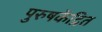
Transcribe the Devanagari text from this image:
पुरुषकेंद्रित